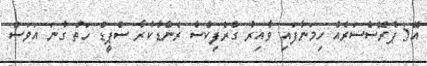
އޭ5 ޕްރޮސެސަރެއް ހިމަނާފައި ވާއިރު ގްރެފިކްސް ރެންޑާކުރާ ސްޕީޑް ހަތް ގުނަ އަވަސް